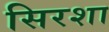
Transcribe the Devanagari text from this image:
सिरशा